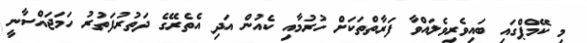
މި ކޭމްޕްގައި ބައިވެރިވެލައްވާ ފަރާތްތަކަށް ހުރުމާއި ކެއުން އަދި އެތެރޭގެ ދަތުރުފަތުރު ހަމަޖައްސާނީ